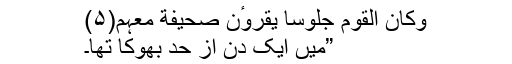
وکان القوم جُلوساً یقروٴن صحیفةً معہم(۵)
”میں ایک دن از حد بھوکا تھا۔